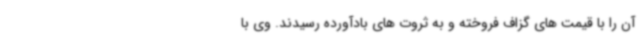
آن را با قیمت های گزاف فروخته و به ثروت های بادآورده رسیدند. وی با